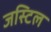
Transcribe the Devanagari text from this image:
जस्टिल